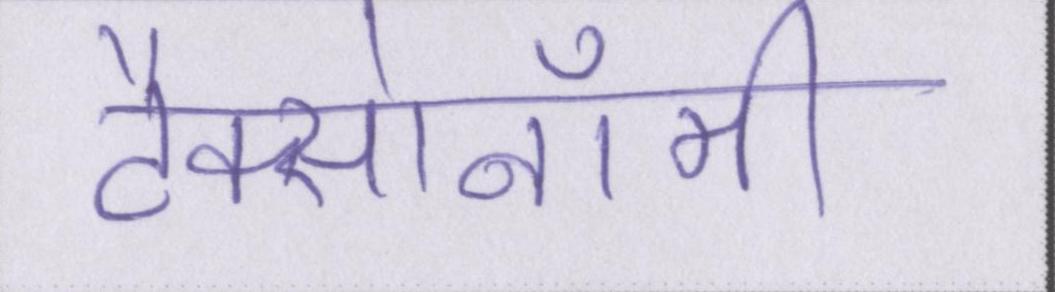
टैक्सोनॉमी